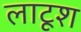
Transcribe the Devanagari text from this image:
लाटूश